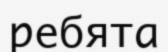
ребята